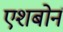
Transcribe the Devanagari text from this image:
एशबोर्न